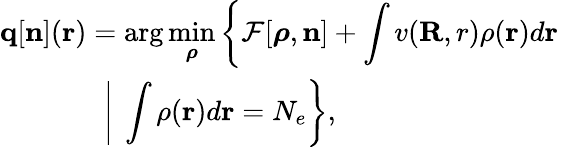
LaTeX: \begin{array}{l}{{\displaystyle{\mathbf q}[{\mathbf n}]({\mathbf r})=\arg\operatorname*{min}_{{\boldsymbol\rho}}\left\{ {\cal F}[{\boldsymbol\rho},{\mathbf n}]+\int v({\mathbf R,r})\rho({\mathbf r})d{\mathbf r}\right.}\ ~}\\ {{\displaystyle~~~~~~~~~~~~~~\left.\left\vert~\int\rho({\mathbf r})d{\mathbf r}=N_{e}\right.\right\} },}\end{array}